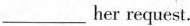
___ her request.